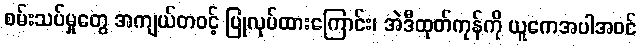
စမ်းသပ်မှုတွေ အကျယ်တဝင့် ပြုလုပ်ထားကြောင်း၊ အဲဒီထုတ်ကုန်ကို ယူကေအပါအဝင်